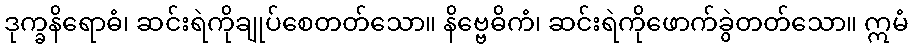
ဒုက္ခနိရောဓံ၊ ဆင်းရဲကိုချုပ်စေတတ်သော။ နိဗ္ဗေဓိကံ၊ ဆင်းရဲကိုဖောက်ခွဲတတ်သော။ ဣမံ